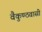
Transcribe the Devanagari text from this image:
वैकुण्ठवासी